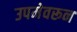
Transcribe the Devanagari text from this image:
उपमेवरून